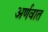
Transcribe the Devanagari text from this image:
अर्णवात